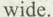
wide.